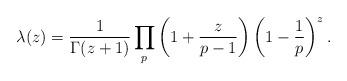
LaTeX: \begin{align*}\lambda(z) = \frac{1}{\Gamma(z+1)} \prod_p \left( 1+\frac{z}{p-1} \right)\left(1-\frac{1}{p} \right)^z.\end{align*}